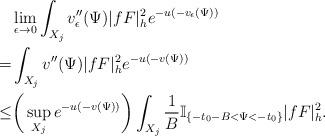
LaTeX: \begin{align*}&\lim_{\epsilon\to 0}\int_{X_j}v''_{\epsilon}(\Psi)|fF|^2_{h} e^{-u(-v_{\epsilon}(\Psi))}\\=&\int_{X_j}v''(\Psi)|fF|^2_h e^{-u(-v(\Psi))}\\\le&\bigg(\sup_{X_j}e^{-u(-v(\Psi))}\bigg)\int_{X_j}\frac{1}{B}\mathbb{I}_{\{-t_0-B<\Psi<-t_0\}} |fF|^2_h.\end{align*}